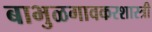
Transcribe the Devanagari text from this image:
बाभुळगावकरशास्त्री